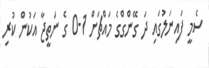
ސެމީ ފައިނަލުގައި ދަ ގޭންގްގެ މައްޗަށް 1-0 ގެ ނަތީޖާ އަކުން ކުރި